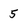
Character: 5